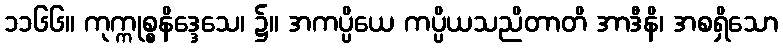
၁၁၆၆။ ကုက္ကုစ္စနိဒ္ဒေသေ၊ ၌။ အကပ္ပိယေ ကပ္ပိယသညိတာတိ အာဒီနိ၊ အစရှိသော